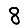
Digit: 8